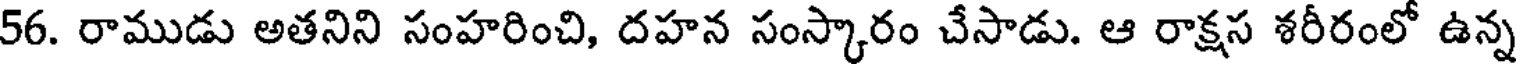
56. రాముడు అతనిని సంహరించి, దహన సంస్కారం చేసాడు. ఆ రాక్షస శరీరంలో ఉన్న